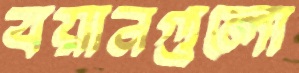
বয়ানগুলো